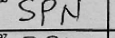
Transcription: SPN